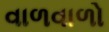
વાળવાળો